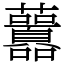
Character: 䖀